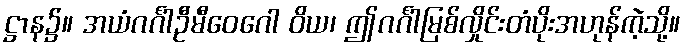
ဋ္ဌာန၌။ အယံဂင်္ဂါဦမီဝေဂေါ ဝိယ၊ ဤဂင်္ဂါမြစ်လှိုင်းတံပိုးအဟုန်ကဲ့သို့။